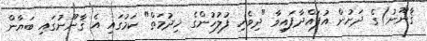
ޤާނޫނު)ގެ ދަށުން އުފައްދާފައިވާ "ދިވެހި ފުލުހުންގެ ޚިދުމަތް" ކަމުގައި އެ ޤާނޫނުގައި ބަޔާން